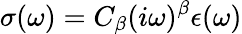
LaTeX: \sigma(\omega)=C_{\beta}(i\omega)^{\beta}\epsilon(\omega)